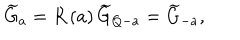
\widetilde { G } _ { a } = R \left( a \right) \widetilde { G } _ { Q - a } = \widetilde { G } _ { - a } ,